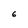
Character: 6